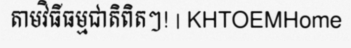
តាមវិធីធម្មជាតិពិតៗ! | KHTOEMHome